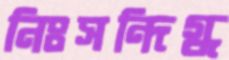
নিঃসন্দিগ্ধ